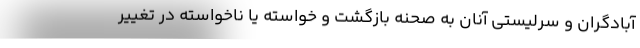
آبادگران و سرلیستی آنان به صحنه بازگشت و خواسته یا ناخواسته در تغییر